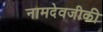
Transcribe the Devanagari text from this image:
नामदेवजीकी